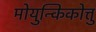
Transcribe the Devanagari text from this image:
मोयुन्किकोत्तु